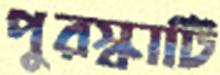
পুরস্কাটি